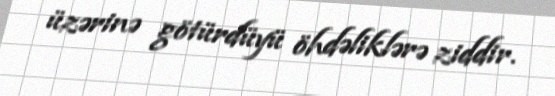
üzərinə götürdüyü öhdəliklərə ziddir.